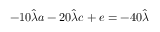
- 1 0 \hat { \lambda } a - 2 0 \hat { \lambda } c + e = - 4 0 \hat { \lambda }